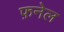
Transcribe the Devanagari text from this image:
फ़नेल